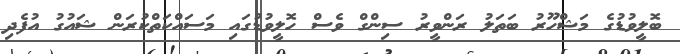
ބޮލީވުޑުގެ މަޝްހޫރު ބަތަލު ރަންވީރު ސިންގް ވެސް ހޮލީވުޑުގައި މަސައްކަތްކުރަން ޝައުގު އުފެދި